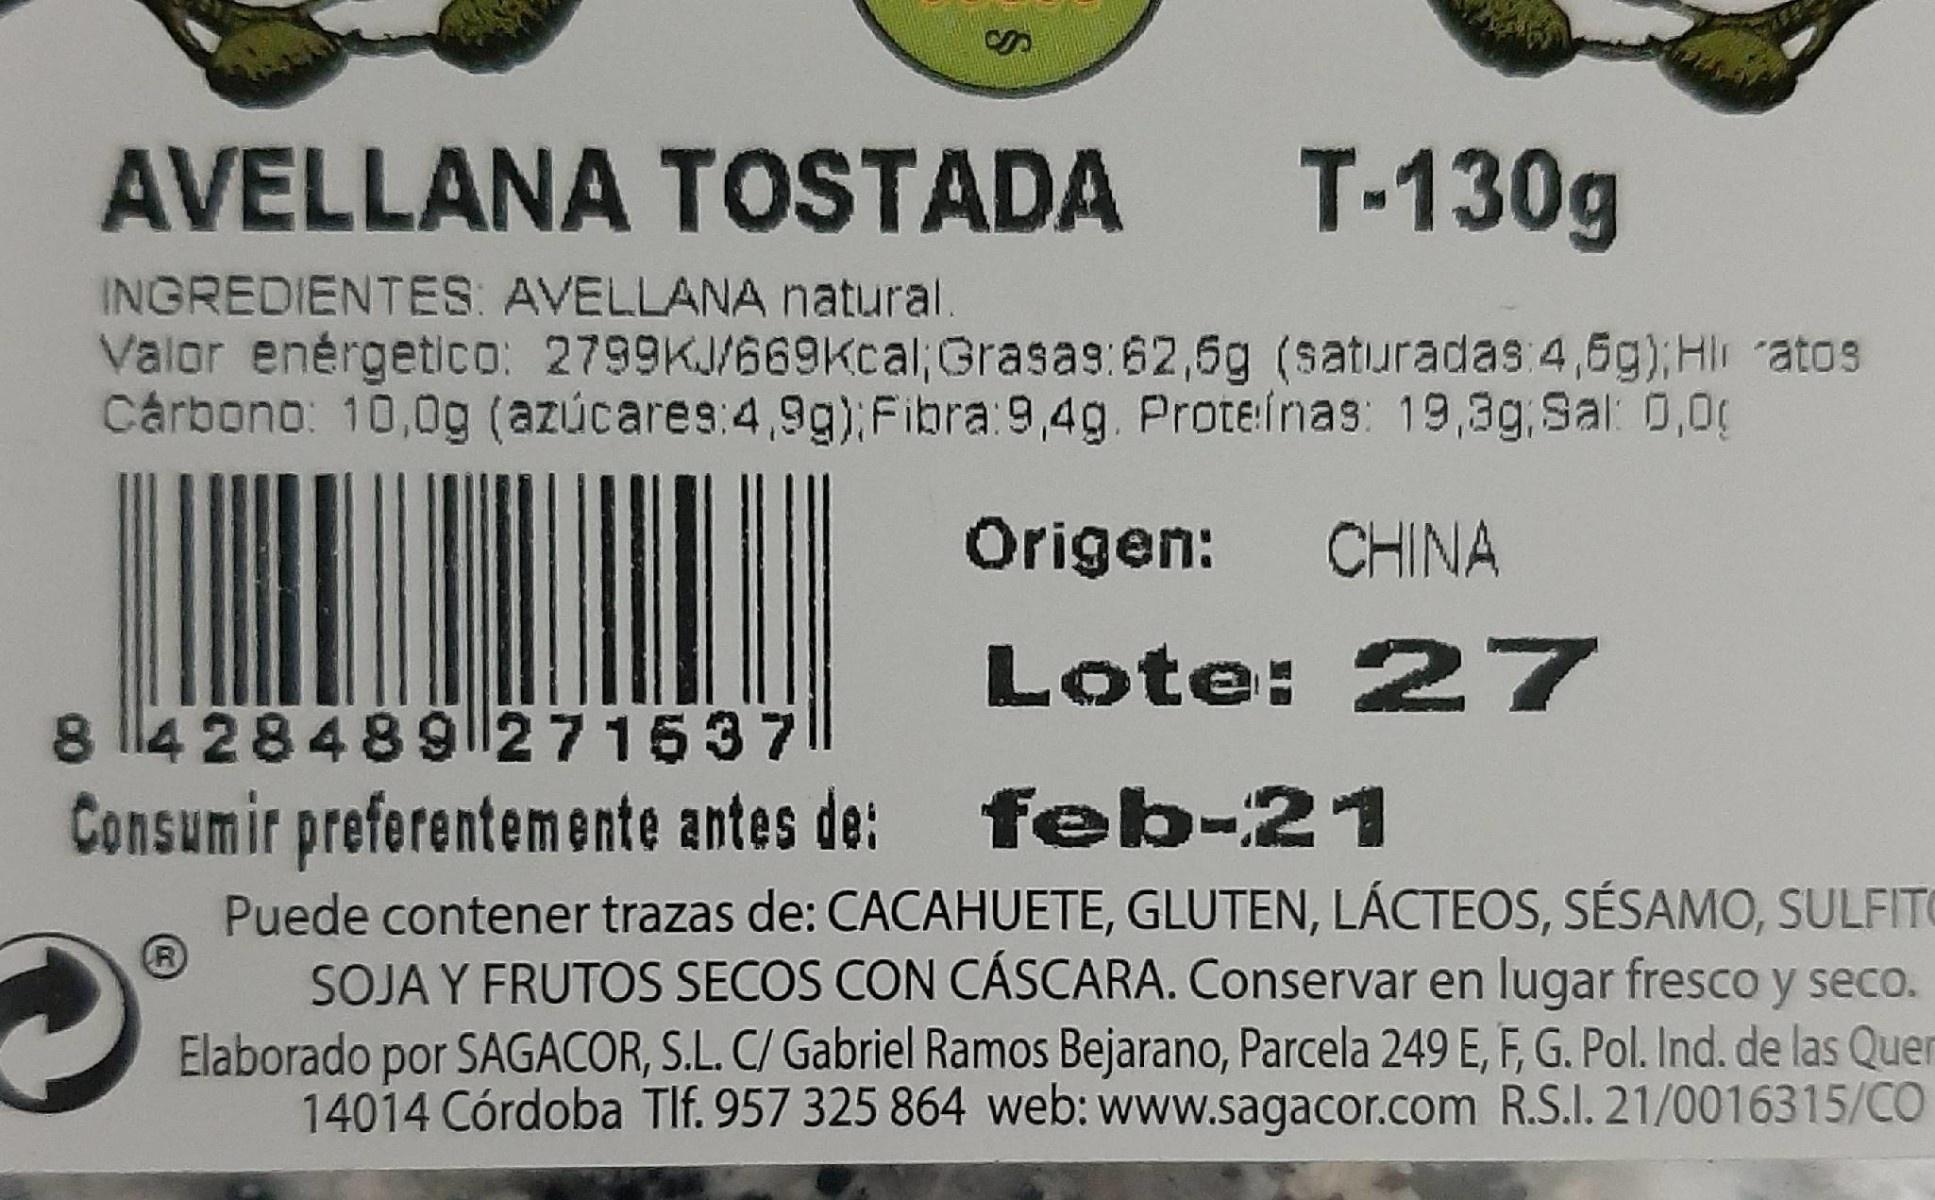
AVELLANA TOSTADA T-130g
INGREDIENTES: AVELLANA natural Valor enérgetico: 2799KJ/669Kcal, Grasas:62,5g (saturadas 4,5g); Hlr atos Cárbono: 10,0g (azúcares:4,9g);Fibra:9,4g. Proteínas: 19,3g,Sal 0,00
Origen:
CHINA
Lote: 27
8 428489l|271537
Consumir preferentemente antes de: feb-21 Puede contener trazas de: CACAHUETE, GLUTEN, LÁCTEOS, SÉSAMO, SULFITO SOJA Y FRUTOS SECOS CON CÁSCARA. Conservar en lugar fresco y seco. Elaborado por SAGACOR, S.L. C/ Gabriel Ramos Bejarano, Parcela 249 E, F, G. Pol. Ind. de las Quer 14014 Córdoba TIf. 957 325 864 web: www.sagacor.com R.S.I. 21/0016315/CO